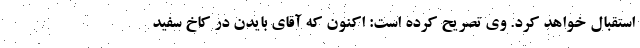
استقبال خواهد کرد. وی تصریح کرده است: اکنون که آقای بایدن در کاخ سفید